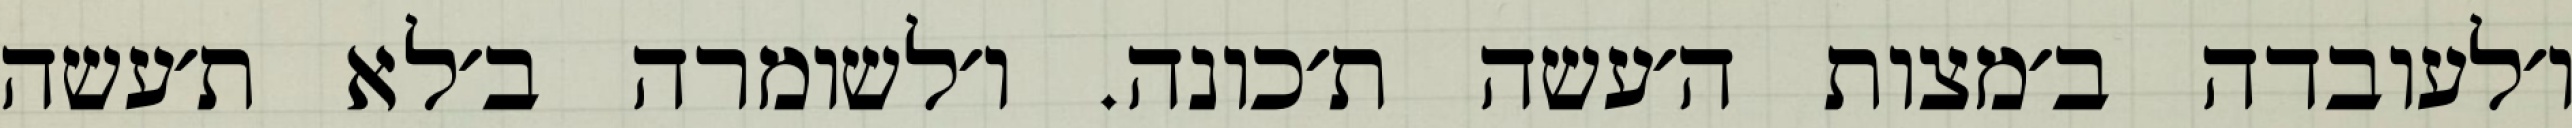
ו׳לעובדה ב׳מצות ה׳עשה ת׳כונה. ו׳לשומרה ב׳לא ת׳עשה